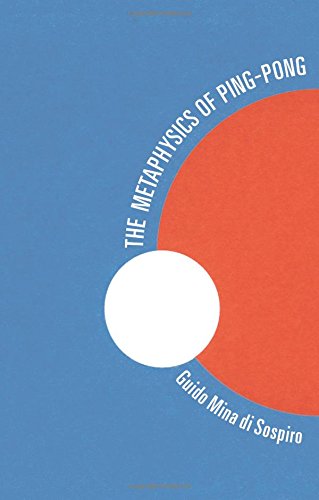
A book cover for The Metaphysics of Ping-Pong: Table Tennis as a Journey of Self-Discovery; Guido Mina di Sospiro; Sports & Outdoors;